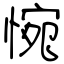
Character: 惋